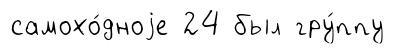
самохо́дноjе 24 был гру́ппу